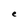
Character: e